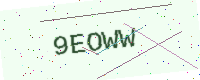
Text: 9EOWW